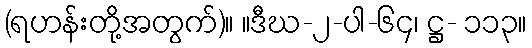
(ရဟန်းတို့အတွက်)။ ။ဒီဃ-၂-ပါ-၆၄၊ ဋ္ဌ- ၁၁၃။